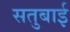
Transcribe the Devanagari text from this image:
सतुबाई